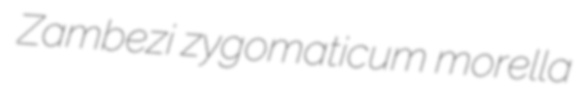
Zambezi zygomaticum morella